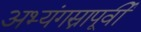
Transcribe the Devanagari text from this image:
अभ्यंगस्नापूर्वी